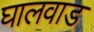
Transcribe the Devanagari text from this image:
घालवाड